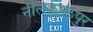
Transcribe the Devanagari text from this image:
नीलकण्ठपुर